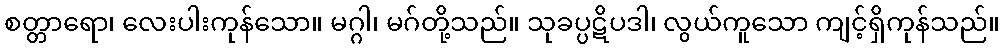
စတ္တာရော၊ လေးပါးကုန်သော။ မဂ္ဂါ၊ မဂ်တို့သည်။ သုခပ္ပဋိပဒါ၊ လွယ်ကူသော ကျင့်ရှိကုန်သည်။